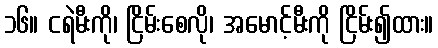
၁၆။ ငရဲမီးကို၊ ငြိမ်းစေလို၊ အမောင့်မီးကို ငြိမ်း၍ထား။